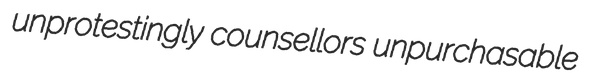
unprotestingly counsellors unpurchasable